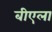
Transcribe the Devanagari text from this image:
बीएला